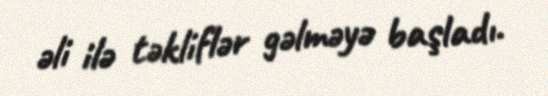
əli ilə təkliflər gəlməyə başladı.